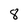
Character: 8